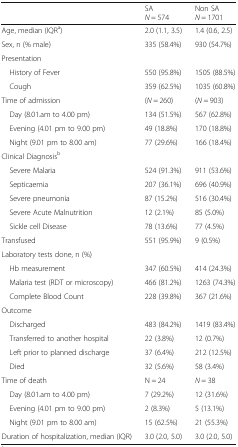
|  | SAN = 574 | Non SAN = 1701 |
 | --- | --- | --- |
 | Age, median (IQRa) | 2.0 (1.1, 3.5) | 1.4 (0.6, 2.5) |
 | Sex, n (% male) | 335 (58.4%) | 930 (54.7%) |
 | <COLSPAN=3> Presentation |
 | History of Fever | 550 (95.8%) | 1505 (88.5%) |
 | Cough | 359 (62.5%) | 1035 (60.8%) |
 | Time of admission | (N = 260) | (N = 903) |
 | Day (8.01.am to 4.00 pm) | 134 (51.5%) | 567 (62.8%) |
 | Evening (4.01 pm to 9.00 pm) | 49 (18.8%) | 170 (18.8%) |
 | Night (9.01 pm to 8.00 am) | 77 (29.6%) | 166 (18.4%) |
 | <COLSPAN=3> Clinical Diagnosisb |
 | Severe Malaria | 524 (91.3%) | 911 (53.6%) |
 | Septicaemia | 207 (36.1%) | 696 (40.9%) |
 | Severe pneumonia | 87 (15.2%) | 516 (30.4%) |
 | Severe Acute Malnutrition | 12 (2.1%) | 85 (5.0%) |
 | Sickle cell Disease | 78 (13.6%) | 77 (4.5%) |
 | Transfused | 551 (95.9%) | 9 (0.5%) |
 | <COLSPAN=3> Laboratory tests done, n (%) |
 | Hb measurement | 347 (60.5%) | 414 (24.3%) |
 | Malaria test (RDT or microscopy) | 466 (81.2%) | 1263 (74.3%) |
 | Complete Blood Count | 228 (39.8%) | 367 (21.6%) |
 | <COLSPAN=3> Outcome |
 | Discharged | 483 (84.2%) | 1419 (83.4%) |
 | Transferred to another hospital | 22 (3.8%) | 12 (0.7%) |
 | Left prior to planned discharge | 37 (6.4%) | 212 (12.5%) |
 | Died | 32 (5.6%) | 58 (3.4%) |
 | Time of death | N = 24 | N = 38 |
 | Day (8.01.am to 4.00 pm) | 7 (29.2%) | 12 (31.6%) |
 | Evening (4.01 pm to 9.00 pm) | 2 (8.3%) | 5 (13.1%) |
 | Night (9.01 pm to 8.00 am) | 15 (62.5%) | 21 (55.3%) |
 | Duration of hospitalization, median (IQR) | 3.0 (2.0, 5.0) | 3.0 (2.0, 5.0) |